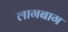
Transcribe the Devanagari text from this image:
लागबाग